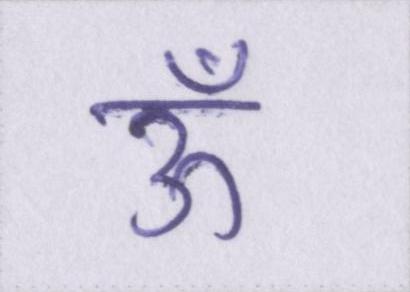
ऊँ